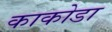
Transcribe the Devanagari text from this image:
काकोडा